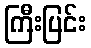
ကြီးပြင်း